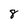
Character: 8